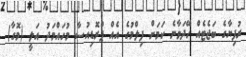
ރުފިޔާގެ ބަޖެޓެއް ހޭދަވާނެ ކަމަށް ފިލްމުގެ އެއް ޕްރޮޑިއުސާ މުހައްމަދު އަލީ (މޮގާ)